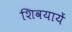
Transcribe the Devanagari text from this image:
शिवयायें